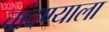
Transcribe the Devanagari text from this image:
चांदण्याला